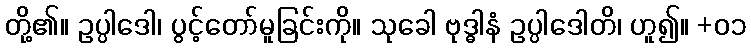
တို့၏။ ဥပ္ပါဒေါ၊ ပွင့်တော်မူခြင်းကို။ သုခေါ ဗုဒ္ဓါနံ ဥပ္ပါဒေါတိ၊ ဟူ၍။ +၀၁